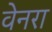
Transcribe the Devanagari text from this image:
वेनरा